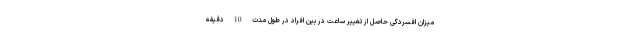
میزان افسردگی حاصل از تغییر ساعت در بین افراد در طول مدت 10 دقیقه